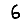
Digit: 6